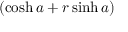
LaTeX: ( \cosh { a } + r \sinh { a } )